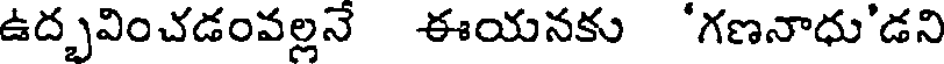
ఉద్భవించడంవల్లనే ఈయనకు 'గణనాధు'డని